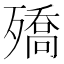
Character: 𭮡